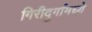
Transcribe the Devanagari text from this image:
गिरीदुर्गामध्ये